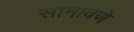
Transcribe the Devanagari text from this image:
सामावणे